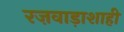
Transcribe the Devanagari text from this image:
रज़वाड़ाशाही